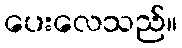
ပေးလေသည်။